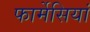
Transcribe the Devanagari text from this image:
फार्मेसियां